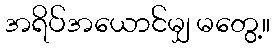
အရိပ်အယောင်မျှ မတွေ့။